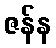
ဇန်န